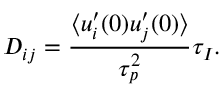
D _ { i j } = \frac { \langle u _ { i } ^ { \prime } ( 0 ) u _ { j } ^ { \prime } ( 0 ) \rangle } { \tau _ { p } ^ { 2 } } \tau _ { I } .